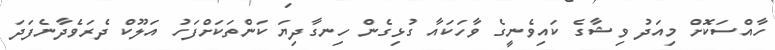
ހާއްސަކޮށް މިއަދު ވިޝާގެ ކައިވެނީގެ ވާހަކައާ ގުޅިގެން ހިނގާދިޔަ ކަންތަކަށްފަހު އަލޫކް ދެރަވެދާނެފަދަ